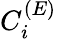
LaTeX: C_{i}^{({E})}